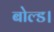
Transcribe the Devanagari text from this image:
बोल्ड।